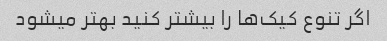
اگر تنوع کیک‌ها را بیشتر کنید بهتر میشود